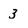
Character: 3